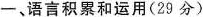
一、语言积累和运用(29分)